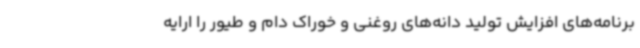
برنامه‌های افزایش تولید دانه‌های روغنی و خوراک دام و طیور را ارایه